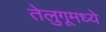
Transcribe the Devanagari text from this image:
तेलुगूमध्ये